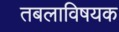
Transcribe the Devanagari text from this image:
तबलाविषयक